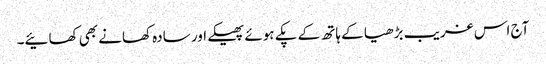
آج اس غریب بڑھیا کے ہاتھ کے پکے ہوئے پھیکے اور سادہ کھانے بھی کھائیے۔